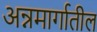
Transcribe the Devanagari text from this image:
अन्नमार्गातील